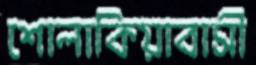
শোলাকিয়াবাসী